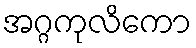
အဂ္ဂကုလိကော